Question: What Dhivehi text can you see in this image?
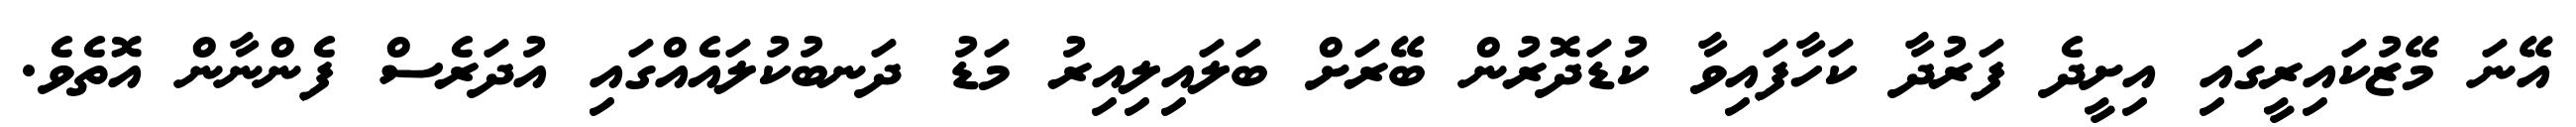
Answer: އޭނަ މޭޒުކައިރީގައި އިށީދެ ފަރުދާ ކަހާފައިވާ ކުޑަދޮރުން ބޭރަށް ބަލައިލިއިރު މަޑު ދަނބުކުލައެއްގައި އުދަރެސް ފެންނާން އޮތެވެ.